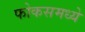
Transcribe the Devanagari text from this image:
फोकसमध्ये